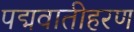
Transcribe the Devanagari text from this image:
पद्मवातीहरण